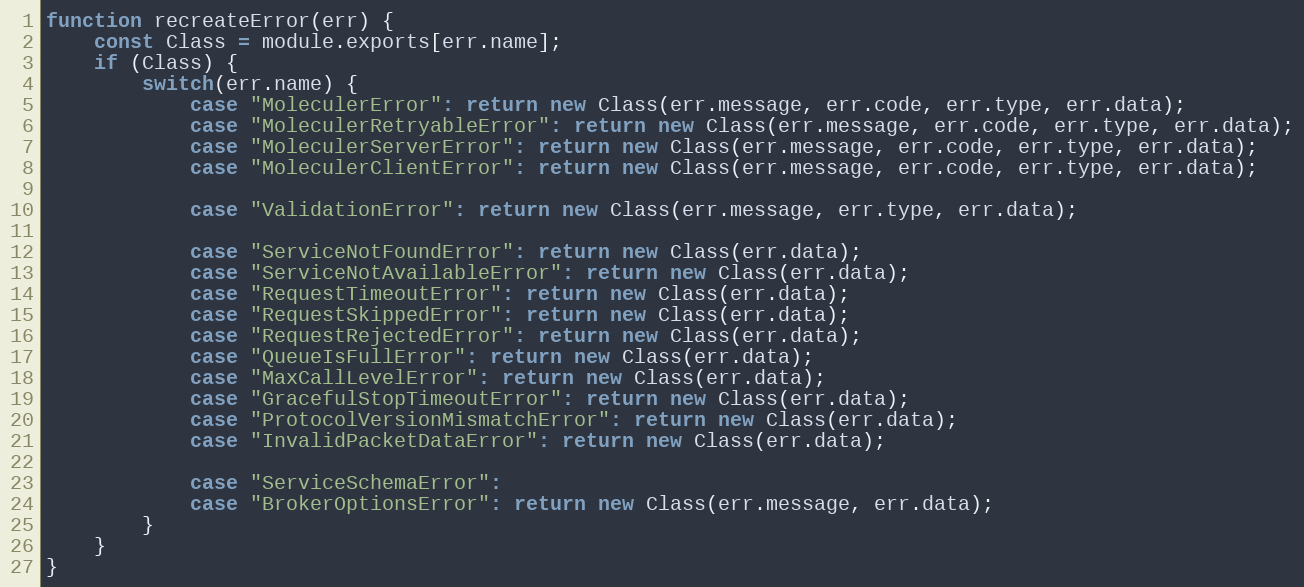
Language: JavaScript
function recreateError(err) {
	const Class = module.exports[err.name];
	if (Class) {
		switch(err.name) {
			case "MoleculerError": return new Class(err.message, err.code, err.type, err.data);
			case "MoleculerRetryableError": return new Class(err.message, err.code, err.type, err.data);
			case "MoleculerServerError": return new Class(err.message, err.code, err.type, err.data);
			case "MoleculerClientError": return new Class(err.message, err.code, err.type, err.data);

			case "ValidationError": return new Class(err.message, err.type, err.data);

			case "ServiceNotFoundError": return new Class(err.data);
			case "ServiceNotAvailableError": return new Class(err.data);
			case "RequestTimeoutError": return new Class(err.data);
			case "RequestSkippedError": return new Class(err.data);
			case "RequestRejectedError": return new Class(err.data);
			case "QueueIsFullError": return new Class(err.data);
			case "MaxCallLevelError": return new Class(err.data);
			case "GracefulStopTimeoutError": return new Class(err.data);
			case "ProtocolVersionMismatchError": return new Class(err.data);
			case "InvalidPacketDataError": return new Class(err.data);

			case "ServiceSchemaError":
			case "BrokerOptionsError": return new Class(err.message, err.data);
		}
	}
}